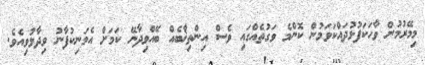
މިމޭރުމުން ވާހަކަފުޅުދައްކަވަމުން ކޮންމެ ވަގުތެއްގައި ވެސް އިންތިޚާބެއް ބޭއްވިދާނޭ ކަމަށް އެމަނިކުފާނު ވިދާޅުވިއެވެ.